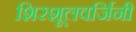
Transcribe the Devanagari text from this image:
शिरशूलवर्जिनी